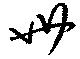
卅